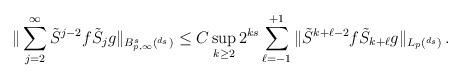
LaTeX: \begin{align*} \|\sum_{j=2}^\infty\tilde S^{j-2} f \tilde S_j g \|_{B^s_{p, \infty}(\real^{d_s})}&\le C \sup_{k\ge 2} 2^{ks}\sum_{\ell=-1}^{+1}\|\tilde S^{k+\ell-2} f \tilde S_{k+\ell} g \|_{L_p(\real^{d_s})}\, .\end{align*}